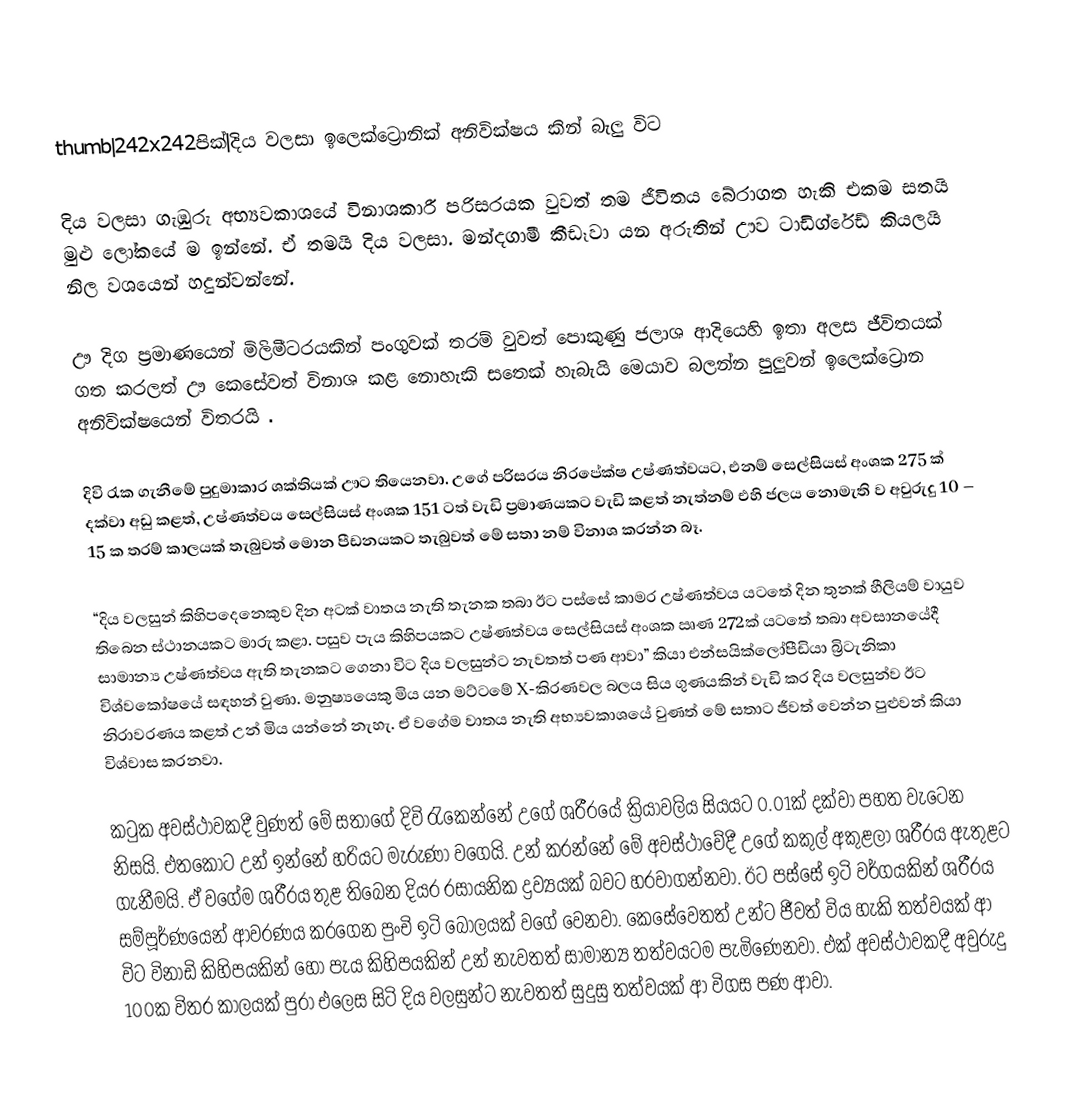
thumb|242x242පික්|දිය වලසා ඉලෙක්ට්‍රොනික් අනිවික්ෂය කින් බැලු විට

දිය වලසා ගැඹුරු අභ්‍යවකාශයේ විනාශකාරී පරිසරයක වුවත් තම ජීවිතය බේරාගත හැකි එකම සතයි මුළු ලෝකයේ ම ඉන්නේ. ඒ තමයි දිය වලසා. මන්දගාමී කීඩෑවා යන අරුතින් ඌව ටාඩිග්රේඩ් කියලයි නිල වශයෙන් හදුන්වන්නේ.

ඌ දිග ප්‍රමාණයෙන් මිලිමීටරයකින් පංගුවක් තරම් වුවත් පොකුණු ජලාශ ආදියෙහි ඉතා අලස ජීවිතයක් ගත කරලත් ඌ කෙසේවත් විනාශ කළ නොහැකි සතෙක් හැබැයි මෙයාව බලන්න පුලුවන් ඉලෙක්ට්‍රොන අනිවික්ෂයෙන් විතරයි .

දිවි රැක ගැනීමේ පුදුමාකාර ශක්තියක් ඌට තියෙනවා. උගේ පරිසරය නිරපේක්ෂ උෂ්ණත්වයට, එනම් සෙල්සියස් අංශක 275 ක් දක්වා අඩු කළත්, උෂ්ණත්වය සෙල්සියස් අංශක 151 ටත් වැඩි ප්‍රමාණයකට වැඩි කළත් නැත්නම් එහි ජලය නොමැති ව අවුරුදු 10 – 15 ක තරම් කාලයක් තැබුවත් මොන පීඩනයකට තැබුවත් මේ සතා නම් විනාශ කරන්න බෑ.

“දිය වලසුන් කිහිපදෙනෙකුව දින අටක් වාතය නැති තැනක තබා ඊට පස්සේ කාමර උෂ්ණත්වය යටතේ දින තුනක් හීලියම් වායුව තිබෙන ස්ථානයකට මාරු කළා. පසුව පැය කිහිපයකට උෂ්ණත්වය සෙල්සියස් අංශක ඍණ 272ක් යටතේ තබා අවසානයේදී සාමාන්‍ය උෂ්ණත්වය ඇති තැනකට ගෙනා විට දිය වලසුන්ට නැවතත් පණ ආවා” කියා එන්සයික්ලෝපීඩියා බ්‍රිටැනිකා විශ්වකෝෂයේ සඳහන් වුණා. මනුෂ්‍යයෙකු මිය යන මට්ටමේ X-කිරණවල බලය සිය ගුණයකින් වැඩි කර දිය වලසුන්ව ඊට නිරාවරණය කළත් උන් මිය යන්නේ නැහැ. ඒ වගේම වාතය නැති අභ්‍යවකාශයේ වුණත් මේ සතාට ජීවත් වෙන්න පුළුවන් කියා විශ්වාස කරනවා.

කටුක අවස්ථාවකදී වුණත් මේ සතාගේ දිවි රැකෙන්නේ උගේ ශරීරයේ ක්‍රියාවලිය සියයට 0.01ක් දක්වා පහත වැටෙන නිසයි. එතකොට උන් ඉන්නේ හරියට මැරුණා වගෙයි. උන් කරන්නේ මේ අවස්ථාවේදී උගේ කකුල් අකුළලා ශරීරය ඇතුළට ගැනීමයි. ඒ වගේම ශරීරය තුළ තිබෙන දියර රසායනික ද්‍රව්‍යයක් බවට හරවාගන්නවා. ඊට පස්සේ ඉටි වර්ගයකින් ශරීරය සම්පූර්ණයෙන් ආවරණය කරගෙන පුංචි ඉටි බෝලයක් වගේ වෙනවා. කෙසේවෙතත් උන්ට ජීවත් විය හැකි තත්වයක් ආ විට විනාඩි කිහිපයකින් හෝ පැය කිහිපයකින් උන් නැවතත් සාමාන්‍ය තත්වයටම පැමිණෙනවා. එක් අවස්ථාවකදී අවුරුදු 100ක විතර කාලයක් පුරා එලෙස සිටි දිය වලසුන්ට නැවතත් සුදුසු තත්වයක් ආ විගස පණ ආවා.